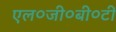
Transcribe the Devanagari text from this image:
एल०जी०बी०टी